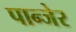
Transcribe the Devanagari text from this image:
पान्जेर